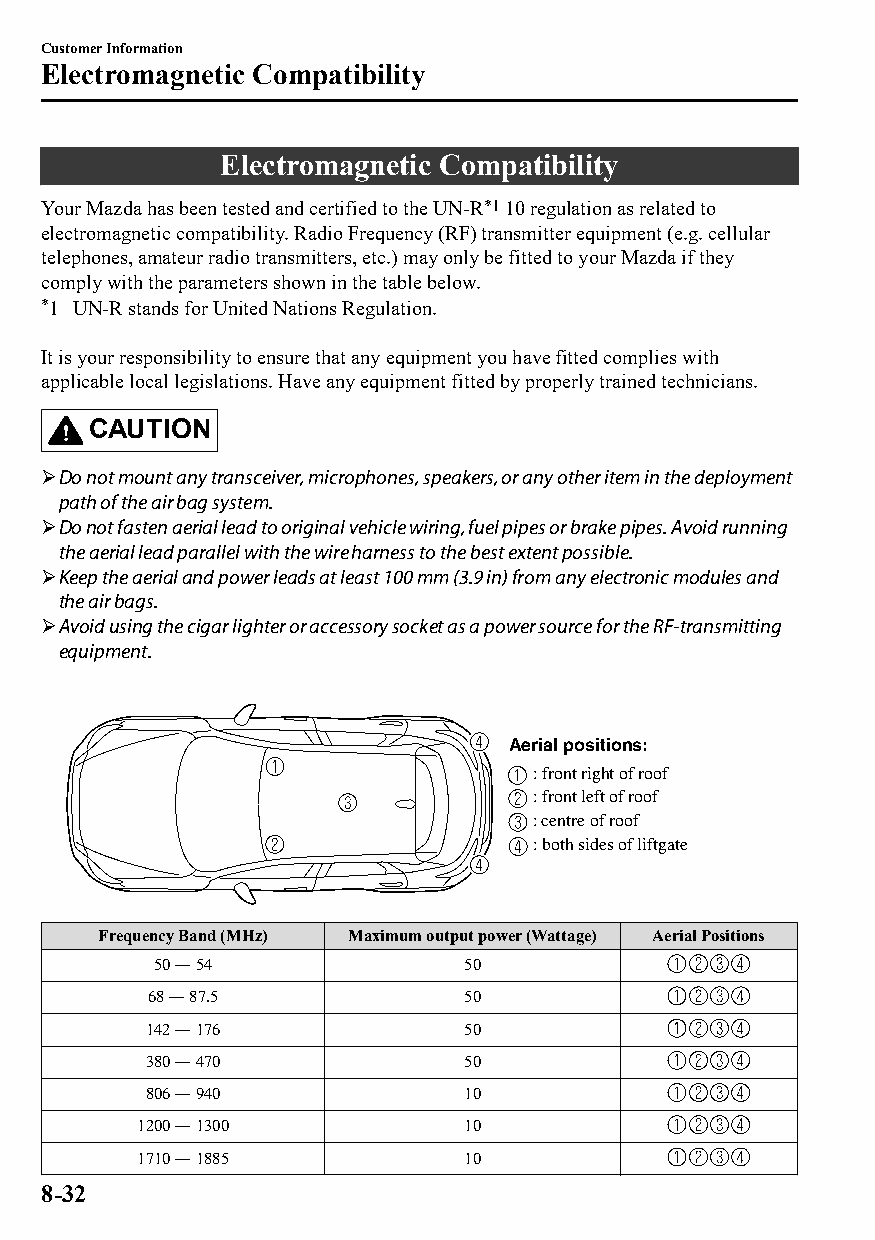
Customer Information
 Electromagnetic Compatibility
 Electromagnetic Compatibility
 Your Mazda has been tested and certified to the UN-R*1 10 regulation as related to
 electromagnetic compatibility. Radio Frequency (RF) transmitter equipment (e.g. cellular
 telephones, amateur radio transmitters, etc.) may only be fitted to your Mazda if they
 comply with the parameters shown in the table below.
 *1 UN-R stands for United Nations Regulation.
 It is your responsibility to ensure that any equipment you have fitted complies with
 applicable local legislations. Have any equipment fitted by properly trained technicians.
 CAUTION
 Do not mount any transceiver, microphones, speakers, or any other item in the deployment
 path of the air bag system.
 Do not fasten aerial lead to original vehicle wiring, fuel pipes or brake pipes. Avoid running
 the aerial lead parallel with the wire harness to the best extent possible.
 Keep the aerial and power leads at least 100 mm (3.9 in) from any electronic modules and
 the air bags.
 Avoid using the cigar lighter or accessory socket as a power source for the RF-transmitting
 equipment.
 Aerial positions:
 : front right of roof
 : front left of roof
 : centre of roof
 : both sides of liftgate
 Frequency Band (MHz) Maximum output power (Wattage) Aerial Positions
 50 ― 54             50
 68 ― 87.5           50
 142 ― 176            50
 380 ― 470            50
 806 ― 940            10
 1200 ― 1300          10
 1710 ― 1885          10
 8-32
 CX-3_8GT4-EE-18D_Edition4                  2018-9-6 18:32:19